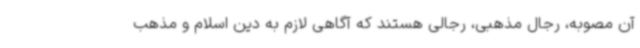
آن مصوبه، رجال مذهبی، رجالی هستند که آگاهی لازم به دین اسلام و مذهب